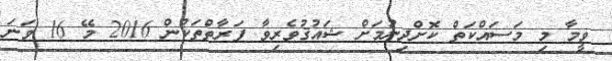
ވީމާ މި މަސައްކަތް ކޮށްދިނުމަށް ޝައުޤުވެރިވާ ފަރާތްތަކުން 2016 މޭ 16 ވަނަ